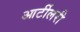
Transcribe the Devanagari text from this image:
आर्टीलरी